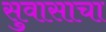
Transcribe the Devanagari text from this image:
सुवासाचा